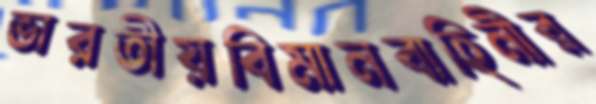
ভারতীয়বিমানবাহিনীর